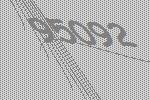
95092